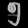
Digit: ၅